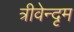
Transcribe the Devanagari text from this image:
त्रीवेन्दृम